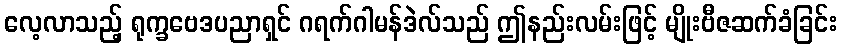
လေ့လာသည့် ရုက္ခဗေဒပညာရှင် ဂရက်ဂါမန်ဒဲလ်သည် ဤနည်းလမ်းဖြင့် မျိုးဗီဇဆက်ခံခြင်း